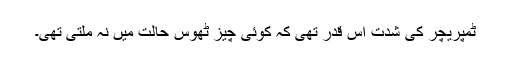
ٹمپریچر کی شدت اس قدر تھی کہ کوئی چیز ٹھوس حالت میں نہ ملتی تھی۔